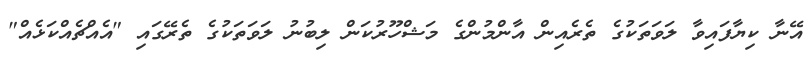
އޭނާ ކިޔާފައިވާ ލަވަތަކުގެ ތެރެއިން އާންމުންގެ މަޝްހޫރުކަން ލިބުނު ލަވަތަކުގެ ތެރޭގައި "އެއްޗެއްކަޅެއް"